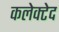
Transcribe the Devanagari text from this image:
कलेक्टेद